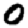
Digit: 0